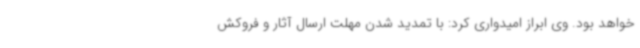
خواهد بود. وی ابراز امیدواری کرد: با تمدید شدن مهلت ارسال آثار و فروکش